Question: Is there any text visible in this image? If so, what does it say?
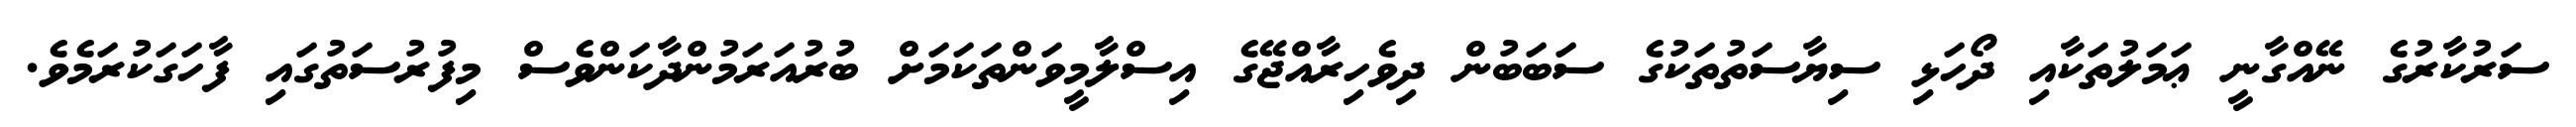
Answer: ސަރުކާރުގެ ނޭއްގާނީ ޢަމަލުތަކާއި ދޯހަޅި ސިޔާސަތުތަކުގެ ސަބަބުން ދިވެހިރާއްޖޭގެ އިސްލާމީވަންތަކަމަށް ބުރުއަރަމުންދާކަންވެސް މިފުރުސަތުގައި ފާހަގަކުރަމެވެ.